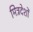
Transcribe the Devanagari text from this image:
मित्रदेशों